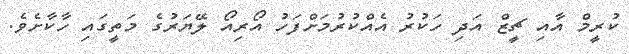
ކުރީމް އާއި ޗީޒް އަދި ހަކުރު އެއްކުރުމަށްފަހު އޯރިއޯ ލޭޔަރުގެ މަތީގައި ހާކާށެވެ.